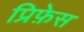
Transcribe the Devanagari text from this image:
प्रिफ़ेस